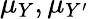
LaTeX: \mu_{Y},\mu_{Y^{\prime}}